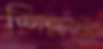
শিক্ষার্থীতে